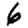
Digit: 6